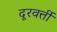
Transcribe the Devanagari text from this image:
दूरवर्त्ती